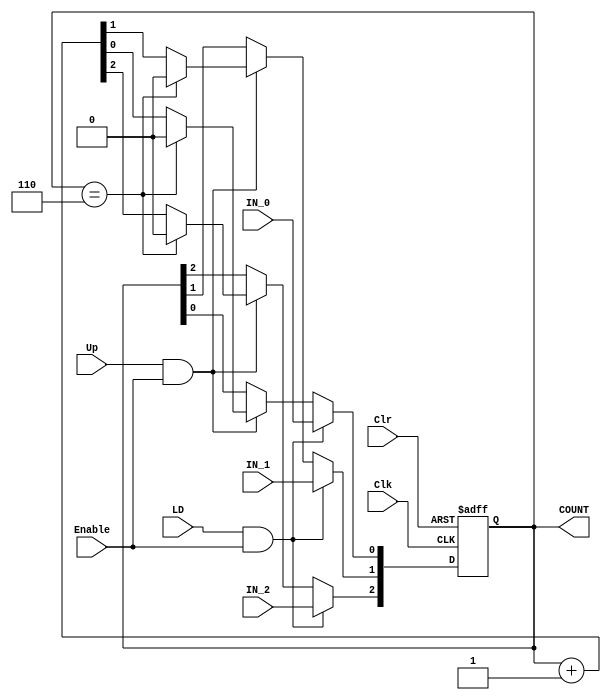
// COUNTER WITH CLR, CLOCK, ENABLE, LOAD AND UP
// Decidir si el LD va a ser activo bajo o activo alto
module counter_0_6(output reg [2:0] COUNT, input IN_2, IN_1, IN_0, input LD, Up, Clr, Clk, Enable);
	initial begin
		COUNT <= 3'b000;
	end
	always @ (posedge Clk, negedge Clr)
		if (~Clr) COUNT <= 3'b000;
		else if (LD & Enable) begin
			COUNT[0] <= IN_0;
			COUNT[1] <= IN_1;
			COUNT[2] <= IN_2;
		end
		else if (Up & Enable) begin
			if(COUNT==3'b110) COUNT <= 3'b000;
			else COUNT <= COUNT + 3'b001;
		end
endmodule